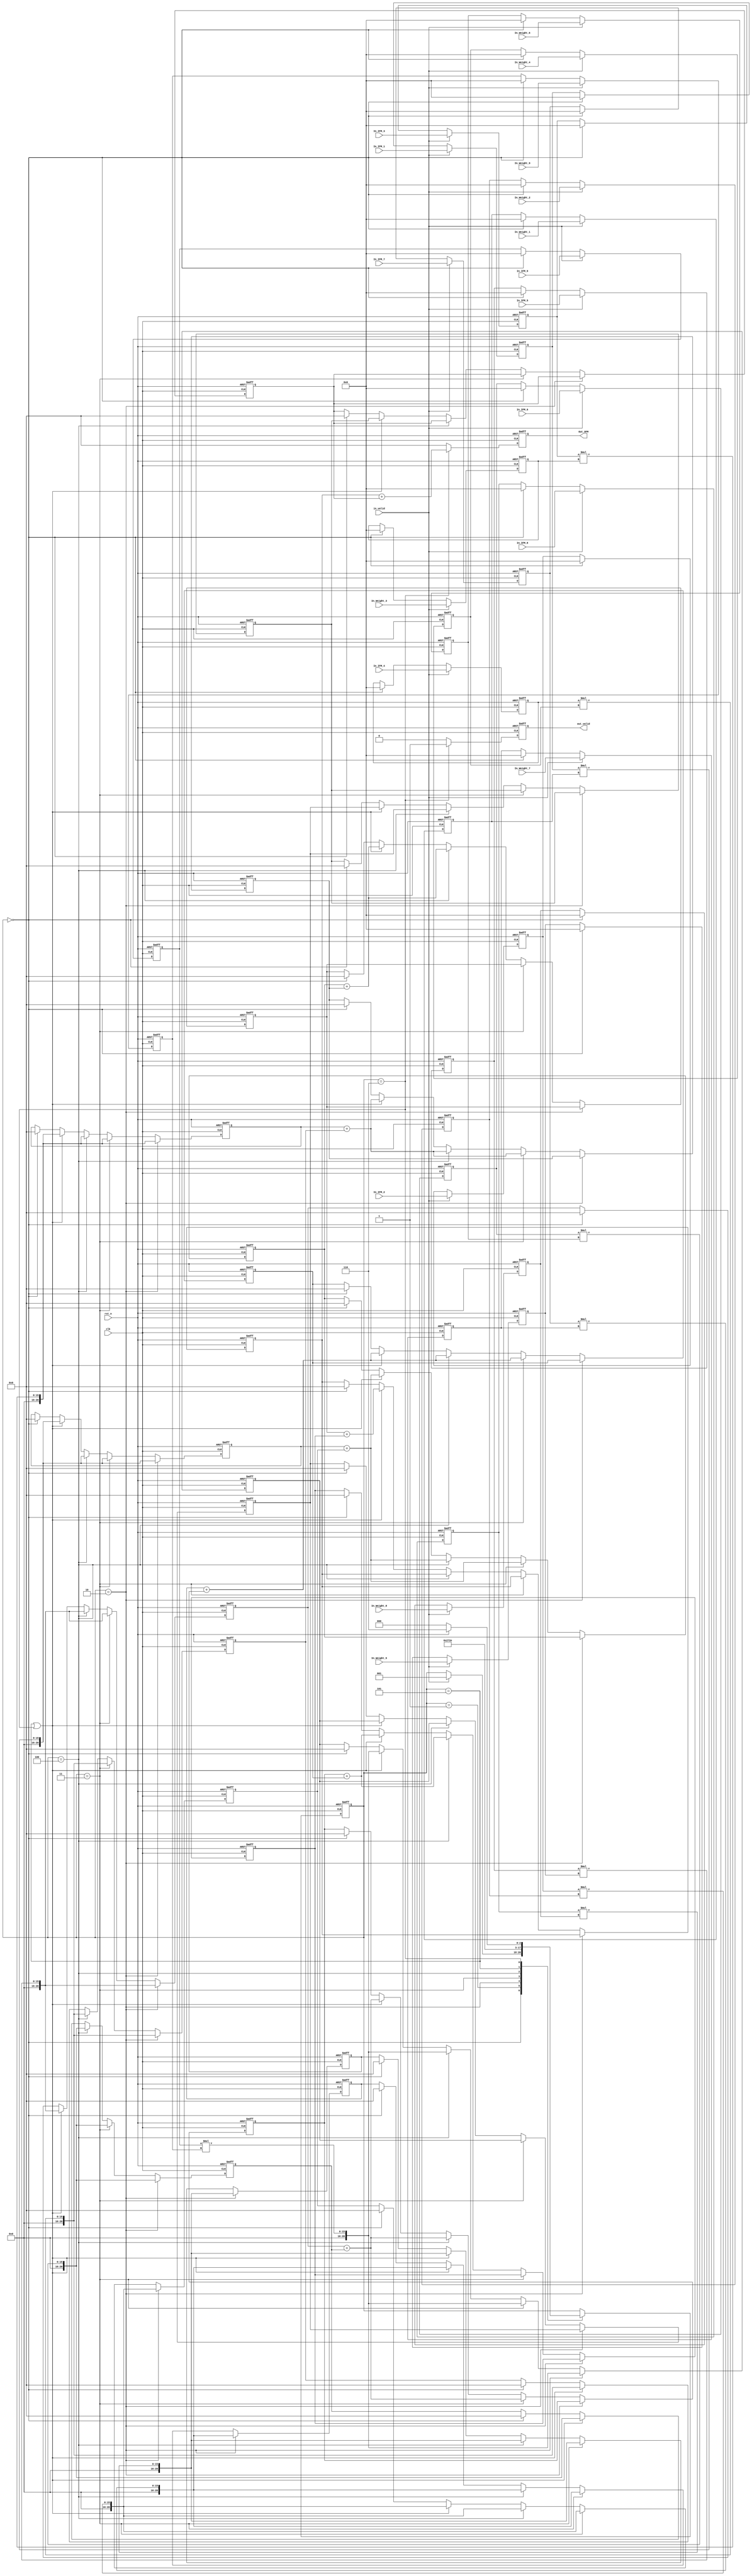
//==============================================
//==============================================				
//----------------------------------------------
//												
//	Module Name		:	Con_3x3_pipeline						
//	Release version	:	v1.0					
//												
//----------------------------------------------								
//----------------------------------------------											
//	Input	:	clk,
//				rst_n,
//              IFM,
//				Weights,					
//												
//	Output	:	OFM,
//				out_valid					
//==============================================
//==============================================
module Convolution_with_pipeline(
    //Input Port
    clk,
    rst_n,
	in_valid,
	In_IFM_1,
	In_IFM_2,
	In_IFM_3,
	In_IFM_4,
	In_IFM_5,
	In_IFM_6,
	In_IFM_7,
	In_IFM_8,
	In_IFM_9,
	In_Weight_1,
	In_Weight_2,
	In_Weight_3,
	In_Weight_4,
    In_Weight_5,
	In_Weight_6,
	In_Weight_7,
	In_Weight_8,
	In_Weight_9,
    //Output Port
    out_valid, 
	Out_OFM,
	//for debugging
    );

//---------------------------------------------------------------------
//   PORT DECLARATION
//---------------------------------------------------------------------
input clk, rst_n;
input in_valid;
input[7:0]In_IFM_1;
input[7:0]In_IFM_2;
input[7:0]In_IFM_3;
input[7:0]In_IFM_4;
input[7:0]In_IFM_5;
input[7:0]In_IFM_6;
input[7:0]In_IFM_7;
input[7:0]In_IFM_8;
input[7:0]In_IFM_9;
input[7:0]In_Weight_1;
input[7:0]In_Weight_2;
input[7:0]In_Weight_3;
input[7:0]In_Weight_4;
input[7:0]In_Weight_5;
input[7:0]In_Weight_6;
input[7:0]In_Weight_7;
input[7:0]In_Weight_8;
input[7:0]In_Weight_9;
output reg out_valid;
output reg [20:0]Out_OFM;


//---------------------------------
//      Parameter declaration
//---------------------------------
parameter IDLE      	= 3'd0;
parameter IN        	= 3'd1;
parameter stage_1       = 3'd2;
parameter stage_12		= 3'd3;
parameter stage_123		= 3'd4;
parameter stage_all		= 3'd5;
parameter stage_all_out	= 3'd6;

//---------------------------------
//      Reg declaration
//---------------------------------
//input stage
//reg [2:0]count_stage; //count four stage pipeline, then output ready
reg [2:0]cstate;
reg [2:0]nstate;
reg [7:0]In_1;
reg [7:0]In_2;
reg [7:0]In_3;
reg [7:0]In_4;
reg [7:0]In_5;
reg [7:0]In_6;
reg [7:0]In_7;
reg [7:0]In_8;
reg [7:0]In_9;
reg [7:0]weigts1;
reg [7:0]weigts2;
reg [7:0]weigts3;
reg [7:0]weigts4;
reg [7:0]weigts5;
reg [7:0]weigts6;
reg [7:0]weigts7;
reg [7:0]weigts8;
reg [7:0]weigts9;
//First pipeline stage 
reg [20:0] pps1_1;
reg [20:0] pps1_2;
reg [20:0] pps1_3;
reg [20:0] pps1_4;
reg [20:0] pps1_5;
reg [20:0] pps1_6;
reg [20:0] pps1_7;
reg [20:0] pps1_8;
reg [20:0] pps1_9;
//Second pipeline stage
reg [20:0] pps2_1;
reg [20:0] pps2_2;
reg [20:0] pps2_3;
reg [20:0] pps2_4;
reg [20:0] pps2_5;
//Third pipeline stage
reg [20:0] pps3_1;
reg [20:0] pps3_2;
reg [20:0] pps3_3;
//Fourth pipeline stage
reg [20:0] pps4_1;
reg [20:0] pps4_2;
//Combinational Circuit
wire [20:0]MUL_1;
wire [20:0]MUL_2;
wire [20:0]MUL_3;
wire [20:0]MUL_4;
wire [20:0]MUL_5;
wire [20:0]MUL_6;
wire [20:0]MUL_7;
wire [20:0]MUL_8;
wire [20:0]MUL_9;
wire [20:0]Adder_11;
wire [20:0]Adder_12;
wire [20:0]Adder_13;
wire [20:0]Adder_14;
wire [20:0]Adder_21;
wire [20:0]Adder_22;
wire [20:0]Adder_3;
wire [20:0]Adder_4;


//----------------------------------------------------
//          Finite-state machine (FSM)
//----------------------------------------------------
always@(posedge clk or negedge rst_n)
begin
	if(!rst_n)
		cstate <= IDLE;
	else 
		cstate <= nstate;
end

always@(*)
	begin
	case(cstate)
		IDLE:  
			if(in_valid==1)   
				nstate = IN;      
			else
				nstate = cstate;
		IN:
			nstate = stage_1;
		stage_1:  
			nstate = stage_12; 
		stage_12: 	                           
			nstate = stage_123;
		stage_123:
			nstate = stage_all;
		stage_all:
			nstate =  stage_all_out;
		stage_all_out:
			if(!rst_n)
				nstate = IDLE;
			else 
				nstate = stage_all_out;
		default
			nstate = cstate;
	endcase
	end


//----------------------------------------------------
//          Receive Inputs from Pattern
//----------------------------------------------------

always@(posedge clk or negedge rst_n)  // receive IFM
begin
	if(!rst_n)
		begin
			In_1 <= 8'd0;
			In_2 <= 8'd0;
			In_3 <= 8'd0;
			In_4 <= 8'd0;
			In_5 <= 8'd0;
			In_6 <= 8'd0;
			In_7 <= 8'd0;
			In_8 <= 8'd0;
			In_9 <= 8'd0;
		end
	else if(in_valid == 1)
		begin
			In_1 <= In_IFM_1;
			In_2 <= In_IFM_2;	
			In_3 <= In_IFM_3;	
			In_4 <= In_IFM_4;
			In_5 <= In_IFM_5;
			In_6 <= In_IFM_6;	
			In_7 <= In_IFM_7;	
			In_8 <= In_IFM_8;	
			In_9 <= In_IFM_9;
		end	
	else if(cstate == IDLE)
		begin
			In_1 <= 8'd0;
			In_2 <= 8'd0;
			In_3 <= 8'd0;
			In_4 <= 8'd0;
			In_5 <= 8'd0;
			In_6 <= 8'd0;
			In_7 <= 8'd0;
			In_8 <= 8'd0;
			In_9 <= 8'd0;
		end
	else
		begin
			In_1 <= In_1;
			In_2 <= In_2;
			In_3 <= In_3;
			In_4 <= In_4;
			In_5 <= In_5;
			In_6 <= In_6;
			In_7 <= In_7;
			In_8 <= In_8;
			In_9 <= In_9;
		end
end

always@(posedge clk or negedge rst_n)  // receive weights
begin
	if(!rst_n)
		begin
			weigts1 <= 8'd0;
			weigts2 <= 8'd0;
			weigts3 <= 8'd0;
			weigts4 <= 8'd0;
			weigts5 <= 8'd0;
			weigts6 <= 8'd0;
			weigts7 <= 8'd0;
			weigts8 <= 8'd0;
			weigts9 <= 8'd0;
		end
	else if(in_valid == 1)
		begin
			weigts1 <= In_Weight_1;
			weigts2 <= In_Weight_2;	
			weigts3 <= In_Weight_3;	
			weigts4 <= In_Weight_4;
			weigts5 <= In_Weight_5;
			weigts6 <= In_Weight_6;	
			weigts7 <= In_Weight_7;	
			weigts8 <= In_Weight_8;
			weigts9 <= In_Weight_9;
		end
	else if(cstate == IDLE)
		begin
			weigts1 <= 8'd0;
			weigts2 <= 8'd0;
			weigts3 <= 8'd0;
			weigts4 <= 8'd0;
			weigts5 <= 8'd0;
			weigts6 <= 8'd0;
			weigts7 <= 8'd0;
			weigts8 <= 8'd0;
			weigts9 <= 8'd0;
		end	
	else
		begin
			weigts1 <= weigts1;
			weigts2 <= weigts2;
			weigts3 <= weigts3;
			weigts4 <= weigts4;
			weigts5 <= weigts5;
			weigts6 <= weigts6;
			weigts7 <= weigts7;
			weigts8 <= weigts8;
			weigts9 <= weigts9;
		end
end

//----------------------------------------------------
//          Convolution circuit (3x3)
//----------------------------------------------------
assign MUL_1 = In_1 * weigts1;
assign MUL_2 = In_2 * weigts2;
assign MUL_3 = In_3 * weigts3;
assign MUL_4 = In_4 * weigts4;
assign MUL_5 = In_5 * weigts5;
assign MUL_6 = In_6 * weigts6;
assign MUL_7 = In_7 * weigts7;
assign MUL_8 = In_8 * weigts8;
assign MUL_9 = In_9 * weigts9;
assign Adder_11 = pps1_1 + pps1_2;
assign Adder_12 = pps1_3 + pps1_4;
assign Adder_13 = pps1_5 + pps1_6; 
assign Adder_14 = pps1_7 + pps1_8; 
assign Adder_21 = pps2_1 + pps2_2; 
assign Adder_22 = pps2_3 + pps2_4; 
assign Adder_3 = pps3_1 + pps3_2; 
assign Adder_4 = pps4_1 + pps4_2; 

//pipeline register store
always @(posedge clk or negedge rst_n) 
begin
	if(!rst_n)
		begin 
			pps1_1 <= 21'd0;
			pps1_2 <= 21'd0;
			pps1_3 <= 21'd0;
			pps1_4 <= 21'd0;
			pps1_5 <= 21'd0;
			pps1_6 <= 21'd0;
			pps1_7 <= 21'd0;
			pps1_8 <= 21'd0;
			pps1_9 = 21'd0;
			pps2_1 <= 21'd0;
			pps2_2 <= 21'd0;
			pps2_3 <= 21'd0;
			pps2_4 <= 21'd0;
			pps2_5 = 21'd0;
			pps3_1 <= 21'd0;
			pps3_2 <= 21'd0;
			pps3_3 = 21'd0;
			pps4_1 <= 21'd0;
			pps4_2 = 21'd0;	
		end
	else if (cstate == stage_1)
		begin
			pps1_1 <= MUL_1;
			pps1_2 <= MUL_2;
			pps1_3 <= MUL_3;
			pps1_4 <= MUL_4;
			pps1_5 <= MUL_5;
			pps1_6 <= MUL_6;
			pps1_7 <= MUL_7;
			pps1_8 <= MUL_8;
			pps1_9 = MUL_9;
		end
	else if (cstate == stage_12)
		begin
			pps1_1 <= MUL_1;
			pps1_2 <= MUL_2;
			pps1_3 <= MUL_3;
			pps1_4 <= MUL_4;
			pps1_5 <= MUL_5;
			pps1_6 <= MUL_6;
			pps1_7 <= MUL_7;
			pps1_8 <= MUL_8;
			pps2_1 <= Adder_11;
			pps2_2 <= Adder_12;
			pps2_3 <= Adder_13;
			pps2_4 <= Adder_14;
			pps2_5 = pps1_9;
			pps1_9 = MUL_9;
		end
	else if (cstate == stage_123)
		begin
			pps1_1 <= MUL_1;
			pps1_2 <= MUL_2;
			pps1_3 <= MUL_3;
			pps1_4 <= MUL_4;
			pps1_5 <= MUL_5;
			pps1_6 <= MUL_6;
			pps1_7 <= MUL_7;
			pps1_8 <= MUL_8;
			pps2_1 <= Adder_11;
			pps2_2 <= Adder_12;
			pps2_3 <= Adder_13;
			pps2_4 <= Adder_14;
			pps3_1 <= Adder_21;
			pps3_2 <= Adder_22;
			pps3_3 = pps2_5;
			pps2_5 = pps1_9;
			pps1_9 = MUL_9;
		end
	else if ((cstate == stage_all) || (cstate == stage_all_out))
		begin
			pps1_1 <= MUL_1;
			pps1_2 <= MUL_2;
			pps1_3 <= MUL_3;
			pps1_4 <= MUL_4;
			pps1_5 <= MUL_5;
			pps1_6 <= MUL_6;
			pps1_7 <= MUL_7;
			pps1_8 <= MUL_8;
			pps2_1 <= Adder_11;
			pps2_2 <= Adder_12;
			pps2_3 <= Adder_13;
			pps2_4 <= Adder_14;
			pps3_1 <= Adder_21;
			pps3_2 <= Adder_22;
			pps4_1 <= Adder_3;
			pps4_2 = pps3_3;
			pps3_3 = pps2_5;
			pps2_5 = pps1_9;
			pps1_9 = MUL_9;
		end
	else if (cstate == IDLE)
		begin
			pps1_1 <= 21'd0;
			pps1_2 <= 21'd0;
			pps1_3 <= 21'd0;
			pps1_4 <= 21'd0;
			pps1_5 <= 21'd0;
			pps1_6 <= 21'd0;
			pps1_7 <= 21'd0;
			pps1_8 <= 21'd0;
			pps1_9 = 21'd0;			
			pps2_1 <= 21'd0;
			pps2_2 <= 21'd0;
			pps2_3 <= 21'd0;
			pps2_4 <= 21'd0;
			pps2_5 = 21'd0;			
			pps3_1 <= 21'd0;
			pps3_2 <= 21'd0;
			pps3_3 = 21'd0;			
			pps4_1 <= 21'd0;
			pps4_2 = 21'd0;			
		end
	else 
		begin
			pps1_1 <= pps1_1;
			pps1_2 <= pps1_2;
			pps1_3 <= pps1_3;
			pps1_4 <= pps1_4;
			pps1_5 <= pps1_5;
			pps1_6 <= pps1_6;
			pps1_7 <= pps1_7;
			pps1_8 <= pps1_8;
			pps1_9 = pps1_9;
			pps2_1 <= pps2_1;
			pps2_2 <= pps2_2;
			pps2_3 <= pps2_3;
			pps2_4 <= pps2_4;
			pps2_5 = pps2_5;
			pps3_1 <= pps3_1;
			pps3_2 <= pps3_2;
			pps3_3 = pps3_3;
			pps4_1 <= pps4_1;
			pps4_2 = pps4_2;
		end
end

/*always@(posedge clk or negedge rst_n)
begin
	if(!rst_n)
		Adder <= 19'd0;
	else if(cstate == Cal)
		Adder <= (In_1 * weigts1) +  (In_2 * weigts2)+  (In_3 * weigts3)+  (In_4 * weigts4);
	else 
		Adder <= Adder;
end
*/
//assign Adder = (In_1 * weigts1) +  (In_2 * weigts2)+  (In_3 * weigts3)+  (In_4 * weigts4)+  (In_5 * weigts5)+  (In_6 * weigts6)+  (In_7 * weigts7)+  (In_8 * weigts8)+  (In_9 * weigts9);
//----------------------------------------------------
//          Output the calculated data
//----------------------------------------------------
//set output data
always@(posedge clk or negedge rst_n)
begin
	if(!rst_n)
		Out_OFM <= 21'd0;
	else if(cstate == stage_all_out)
		Out_OFM <= Adder_4;
	else 
		Out_OFM <= 21'd0;
end

//output valid signal
always@(posedge clk or negedge rst_n)
begin
	if(!rst_n)
		out_valid <= 1'd0;
	else if(cstate == stage_all_out)
		out_valid <= 1'd1;
	else 
		out_valid <= 1'd0;

end
endmodule